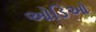
ઓડિઓ